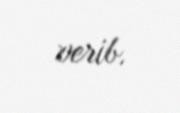
verib.